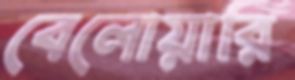
বেলোয়ারি